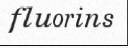
fluorins